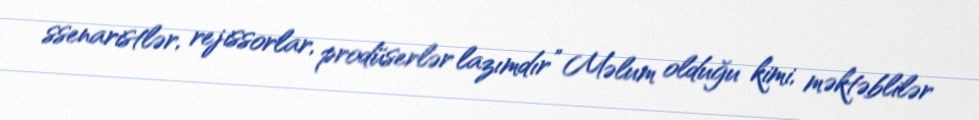
ssenaristlər, rejissorlar, prodüserlər lazımdır” Məlum olduğu kimi, məktəblilər